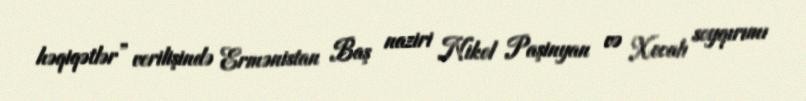
həqiqətlər” verilişində Ermənistan Baş naziri Nikol Paşinyan və Xocalı soyqırımı